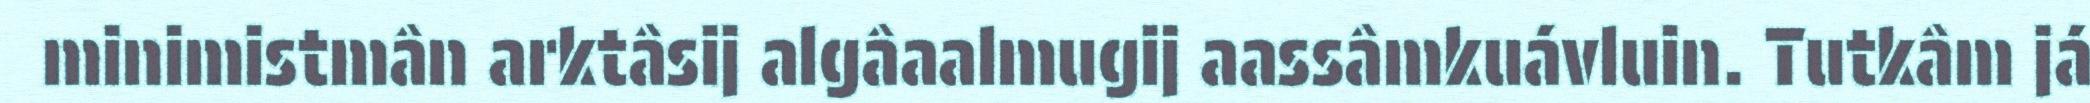
minimistmân arktâsij algâaalmugij aassâmkuávluin. Tutkâm já